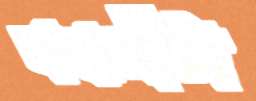
বন্ধনীটা